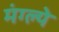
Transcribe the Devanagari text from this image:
मंग्ल्ये